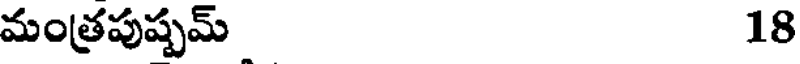
మంత్రపుష్పమ్ 18